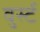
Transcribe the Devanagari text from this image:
वुर्स्ट